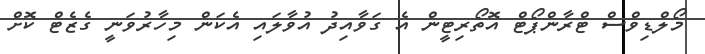
މޯލްޑިވްސް ޓްރާންޕޯޓް އޮތޯރިޓީން އެ ގަވާއިދު އުވާލައި އެކަން މިހާރުވަނީ ގެޒެޓް ކޮށް